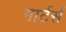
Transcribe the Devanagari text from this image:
गार्टर्स